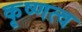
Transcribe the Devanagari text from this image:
कृष्णत्व